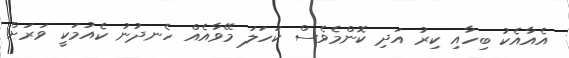
އެއާއެކު ބިހާއި ކިރު އަދި ކޮންމެވެސް ކަހަލަ މޭވާއެއް ހެނދުނު ކެއުމަކީ ވަރަށް